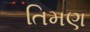
તિમણ